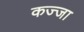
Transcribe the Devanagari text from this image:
कज्जा